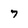
Character: 7